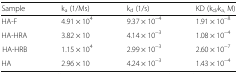
| Sample | ka (1/Ms) | kd (1/s) | KD (kd/ka, M) |
 | --- | --- | --- | --- |
 | HA-F | 4.91 × 104 | 9.37 × 10−4 | 1.91 × 10−8 |
 | HA-HRA | 3.82 × 10 | 4.14 × 10−3 | 1.08 × 10−4 |
 | HA-HRB | 1.15 × 104 | 2.99 × 10−3 | 2.60 × 10−7 |
 | HA | 2.96 × 10 | 4.24 × 10−3 | 1.43 × 10−4 |